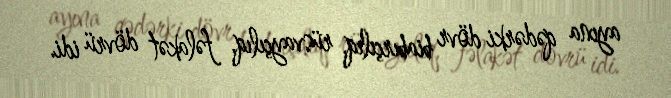
ayına qədərki dövr biabırçılıq, rüsvayçılıq, fəlakət dövrü idi.